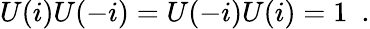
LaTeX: U(i)U(-i)=U(-i)U(i)=1\ \ .